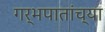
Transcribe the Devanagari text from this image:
गर्भपातांच्या